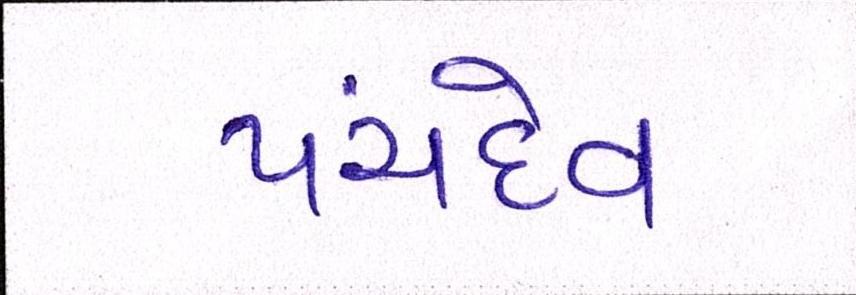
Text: પંચદેવ